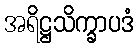
အရိဋ္ဌသိက္ခာပဒံ